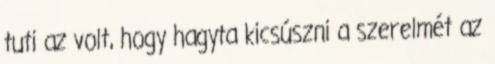
tuti az volt, hogy hagyta kicsúszni a szerelmét az